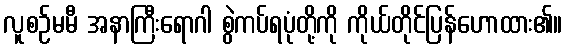
လူစဉ်မမီ အနာကြီးရောဂါ စွဲကပ်ရပုံတို့ကို ကိုယ်တိုင်ပြန်ဟောထား၏။